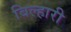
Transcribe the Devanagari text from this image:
बिल्हारी